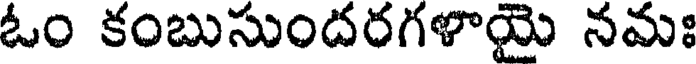
ఓం కంబుసుందరగళాయై నమః